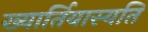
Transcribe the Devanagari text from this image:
ख्यार्तियास्यति